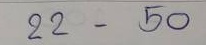
22 - 50